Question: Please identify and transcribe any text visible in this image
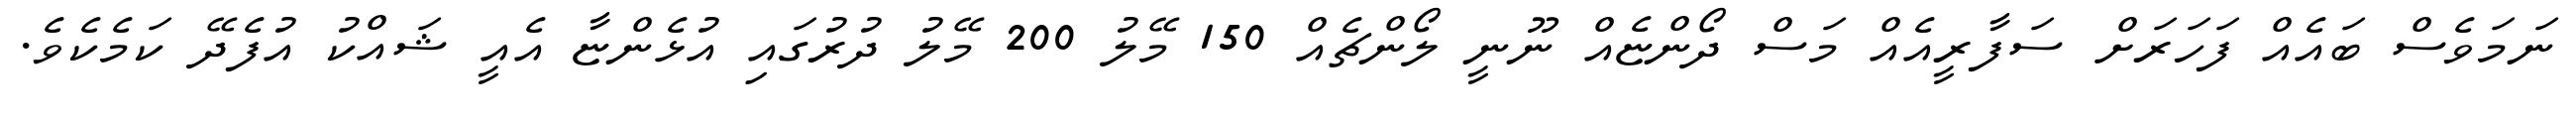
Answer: ނަމަވެސް ބައެއް ފަހަރަށް ސަފާރީއެއް މަސް ދޯންޏެއް ނޫނީ ލޯންޗެއް 150 މޭލު 200 މޭލު ދުރުގައި އުޅެންޏާ އެއީ ޝައްކު އުފެދޭ ކަމެކެވެ.